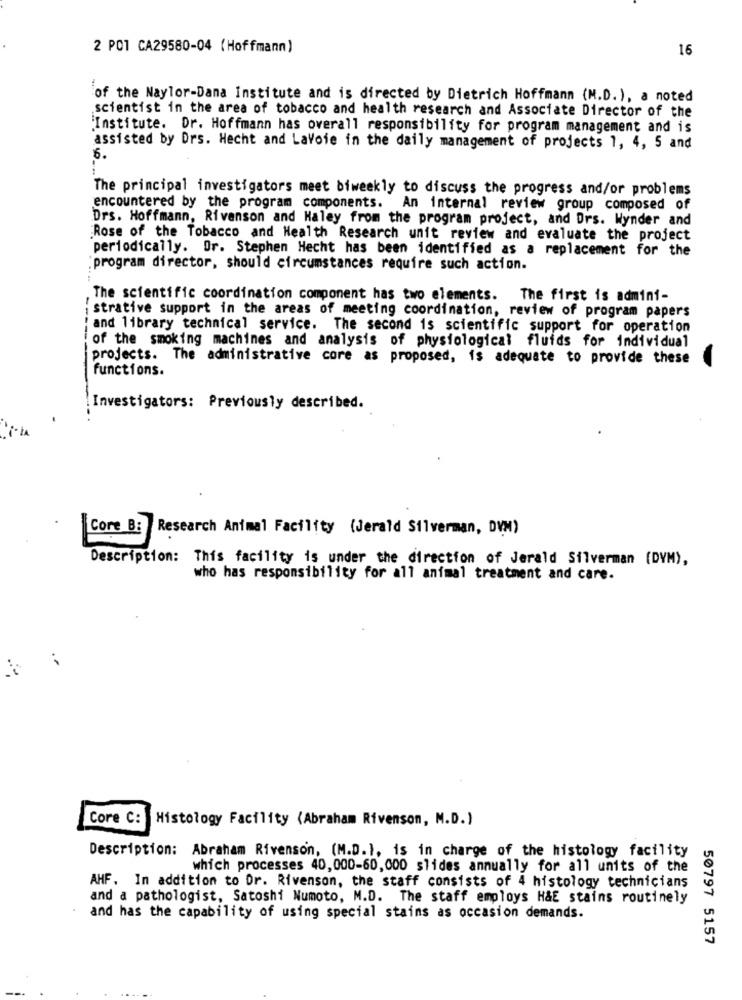
2 PO1 CA29580-04 (Hoffmann)
16
of the Naylor-Dana Institute and is directed by Dietrich Hoffmann (M.D.), a noted
scientist in the area of tobacco and health research and Associate Director of the
"Institute. Dr. Hoffmann has overall responsibility for program management and is
assisted by Drs. Hecht and Lavoie in the daily management of projects 1, 4, 5 and
6.
The principal investigators meet biweekly to discuss the progress and/or problems
encountered by the program components. An internal review group composed of
Drs. Hoffmann, Rivenson and Haley from the program project, and Drs. Wynder and
Rose of the Tobacco and Health Research unit review and evaluate the project
periodically. Dr. Stephen Hecht has been identified as a replacement for the
:program director, should circumstances require such action.
The scientific coordination component has two elements. The first is admini-
istrative support in the areas of meeting coordination, review of program papers
' and library technical service. The second is scientific support for operation
of the smoking machines and analysis of physiological fluids for individual
projects. The administrative core as proposed, is adequate to provide these
functions.
Investigators: Previously described.
|Core B: Research Animal Facility (Jerald Silverman, DVM)
Description: This facility is under the direction of Jerald Silverman (DYM),
who has responsibility for all animal treatment and care.
Core C:
Histology Facility (Abraham Rivenson, M.D.)
Description: Abraham Rivenson, (M.D.), is in charge of the histology facility
which processes 40, 000-60,000 slides annually for all units of the
AHF. In addition to Dr. Rivenson, the staff consists of 4 histology technicians
and a pathologist, Satoshi Numoto, M.D. The staff employs H&E stains routinely
and has the capability of using special stains as occasion demands.
50797 5157